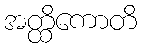
အတ္ထိကောတိ